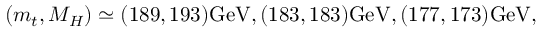
( m _ { t } , M _ { H } ) \simeq ( 1 8 9 , 1 9 3 ) \mathrm { G e V } , ( 1 8 3 , 1 8 3 ) \mathrm { G e V } , ( 1 7 7 , 1 7 3 ) \mathrm { G e V } ,